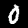
Digit: 0